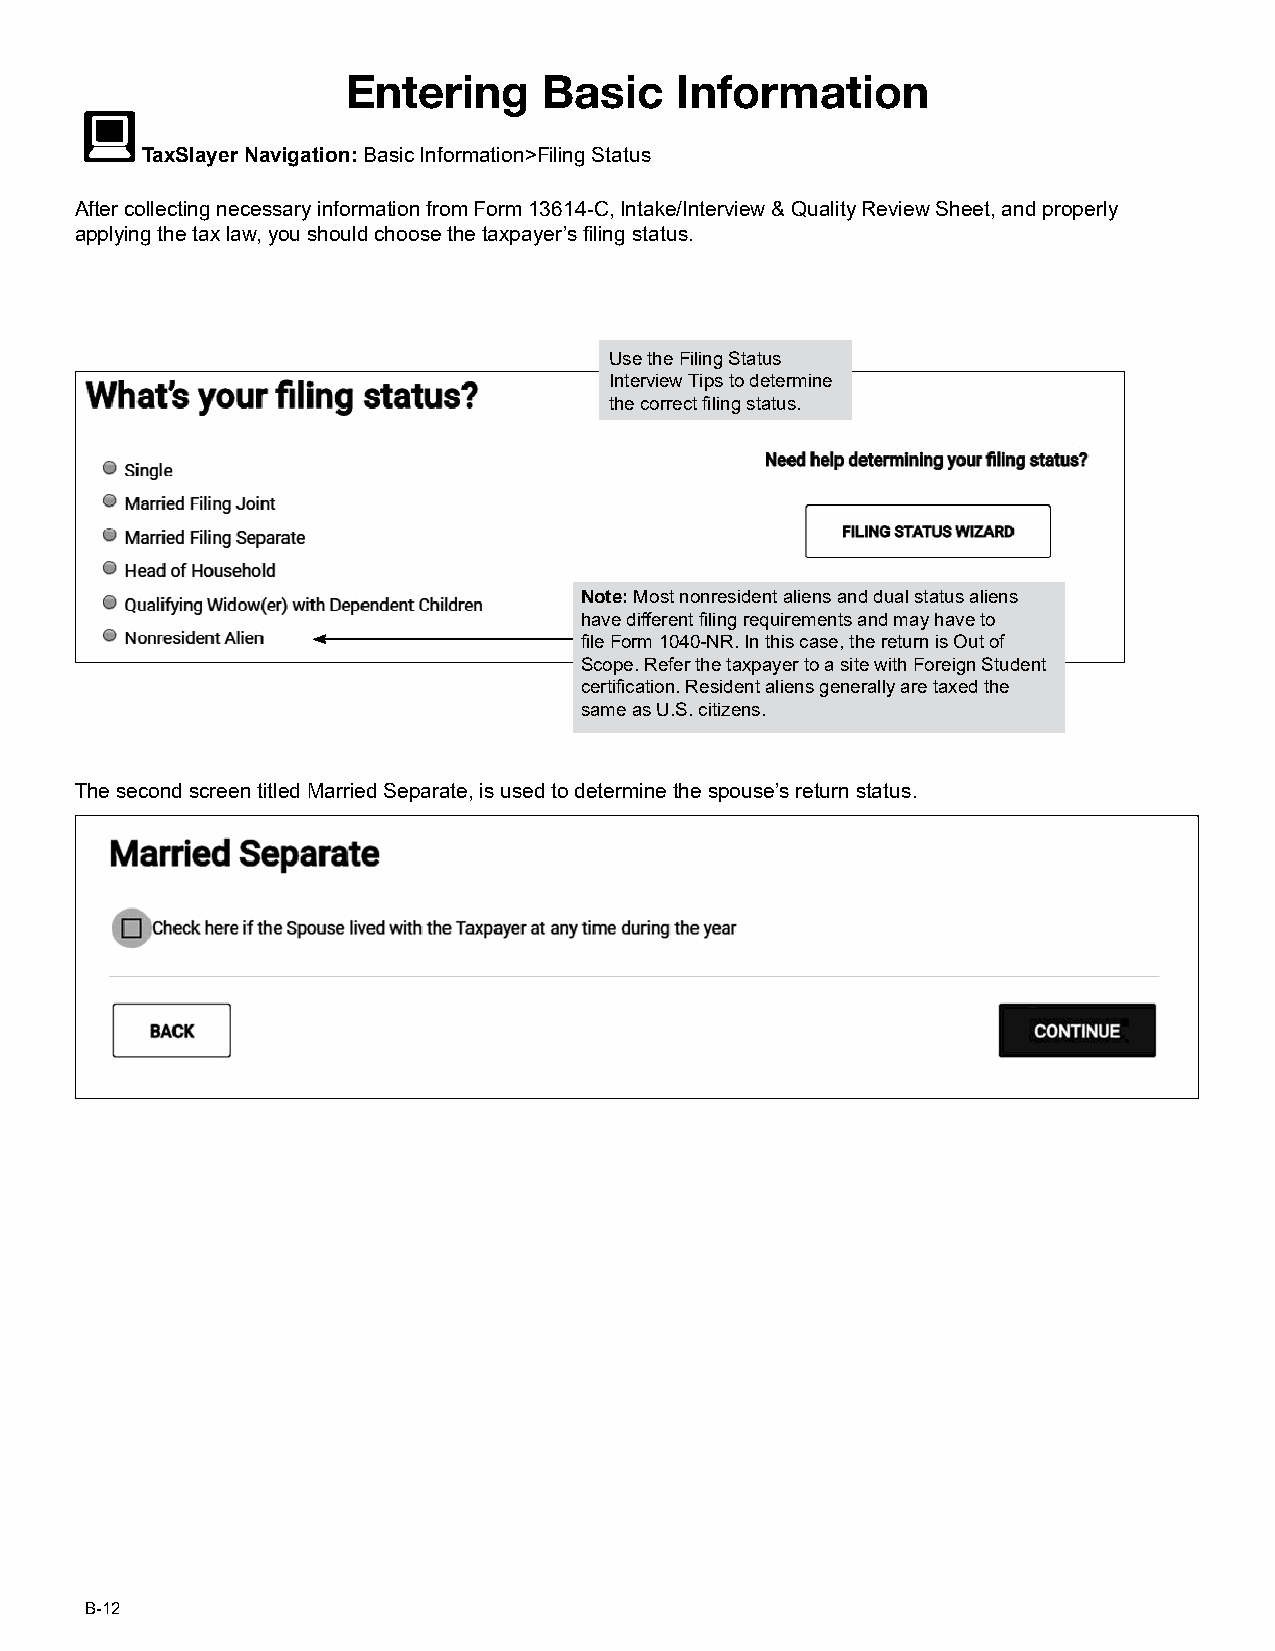
Entering     Basic    Information
 TaxSlayer Navigation: Basic Information>Filing Status
 After collecting necessary information from Form 13614-C, Intake/Interview & Quality Review Sheet, and properly
 applying the tax law, you should choose the taxpayer’s filing status.
 UUssee tthhee FFiilliinngg SSttaattuuss
 IInntteerrvviieeww TTiippss ttoo ddeetteerrmmiinnee
 tthhee ccoorrrreecctt fifilliinngg ssttaattuuss..
 NNoottee:: MMoosstt nnoonnrreessiiddeenntt aalliieennss aanndd dduuaall ssttaattuuss aalliieennss
 hhaavvee ddiiffffeerreenntt fifilliinngg rreeqquuiirreemmeennttss aanndd mmaayy hhaavvee ttoo
 fifillee FFoorrmm 11004400--NNRR.. IInn tthhiiss ccaassee,, tthhee rreettuurrnn iiss OOuutt ooff
 SSccooppee.. RReeffeerr tthhee ttaaxxppaayyeerr ttoo aa ssiittee wwiitthh FFoorreeiiggnn SSttuuddeenntt
 cceerrttiifificcaattiioonn.. RReessiiddeenntt aalliieennss ggeenneerraallllyy aarree ttaaxxeedd tthhee
 ssaammee aass UU..SS.. cciittiizzeennss..
 TThhee sseeccoonndd ssccrreeeenn ttiittlleedd MMaarrrriieedd SSeeppaarraattee,, iiss uusseedd ttoo ddeetteerrmmiinnee tthhee ssppoouussee’’ss rreettuurrnn ssttaattuuss..
 B-12